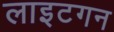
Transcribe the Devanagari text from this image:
लाइटगन